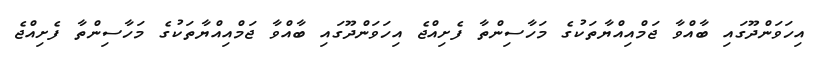
އިހަވަންދޫގައި ބާއްވާ ޖަމްއިއްޔާތަކުގެ މަހާސިންތާ ފެށިއްޖެ އިހަވަންދޫގައި ބާއްވާ ޖަމްއިއްޔާތަކުގެ މަހާސިންތާ ފެށިއްޖެ